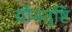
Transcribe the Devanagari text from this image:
यौनतुष्टि